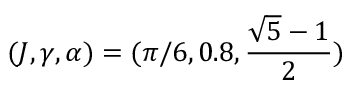
( J , \gamma , \alpha ) = ( \pi / 6 , 0 . 8 , \frac { \sqrt { 5 } - 1 } { 2 } )